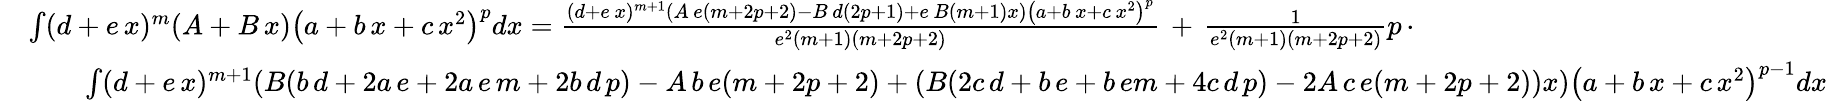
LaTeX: {\begin{array}{rl}&{\int(d+e\, x)^{m}(A+B\, x)\left(a+b\, x+c\, x^{2}\right)^{p}dx={\frac{(d+e\, x)^{m+1}(A\, e(m+2p+2)-B\, d(2p+1)+e\, B(m+1)x)\left(a+b\, x+c\, x^{2}\right)^{p}}{e^{2}(m+1)(m+2p+2)}}\, +\, {\frac{1}{e^{2}(m+1)(m+2p+2)}}p\, \cdot}\\ &{\qquad\int(d+e\, x)^{m+1}(B(b\, d+2a\, e+2a\, e\, m+2b\, d\, p)-A\, b\, e(m+2p+2)+(B(2c\, d+b\, e+b\, em+4c\, d\, p)-2A\, c\, e(m+2p+2))x)\left(a+b\, x+c\, x^{2}\right)^{p-1}dx}\end{array}}